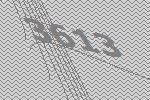
3613